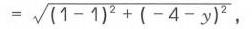
\(= \sqrt{(1 - 1)^2+(-4 - y)^2}\)